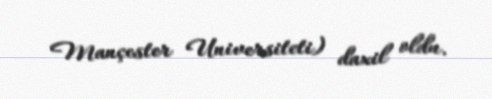
Mançester Universiteti) daxil oldu.